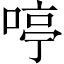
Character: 𠷥